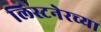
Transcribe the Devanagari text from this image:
लिस्टनेरच्या